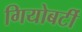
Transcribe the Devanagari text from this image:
गियोबर्टी